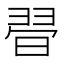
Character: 𣇶